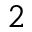
_ 2